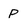
Character: p